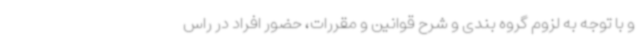
و با توجه به لزوم گروه بندی و شرح قوانین و مقررات، حضور افراد در راس